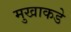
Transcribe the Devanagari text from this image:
मुखाकडे